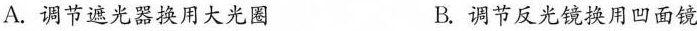
A.调节遮光器换用大光圈 B.调节反光镜换用凹面镜